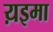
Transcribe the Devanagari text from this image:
य़इमा